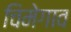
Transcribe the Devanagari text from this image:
चिमेगाव